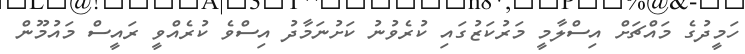
ހަމީދުގެ މައްޗަށް އިސްލާމީ މަރުކަޒުގައި ކުރެވުނު ކަށުނަމާދު އިސްވެ ކުރެއްވީ ރައީސް މައުމޫން